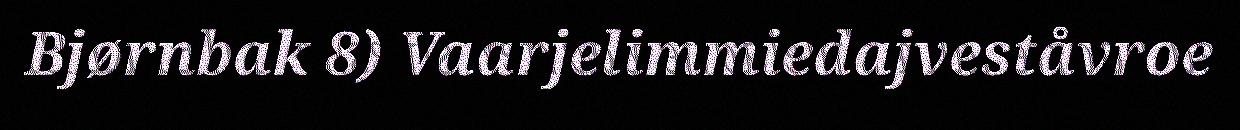
Bjørnbak 8) Vaarjelimmiedajveståvroe